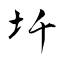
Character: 圲